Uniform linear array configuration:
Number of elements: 12
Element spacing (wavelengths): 0.25
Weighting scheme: blackman
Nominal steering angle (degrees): -15
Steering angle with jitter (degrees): -15.315
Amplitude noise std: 0.05
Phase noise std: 0.05

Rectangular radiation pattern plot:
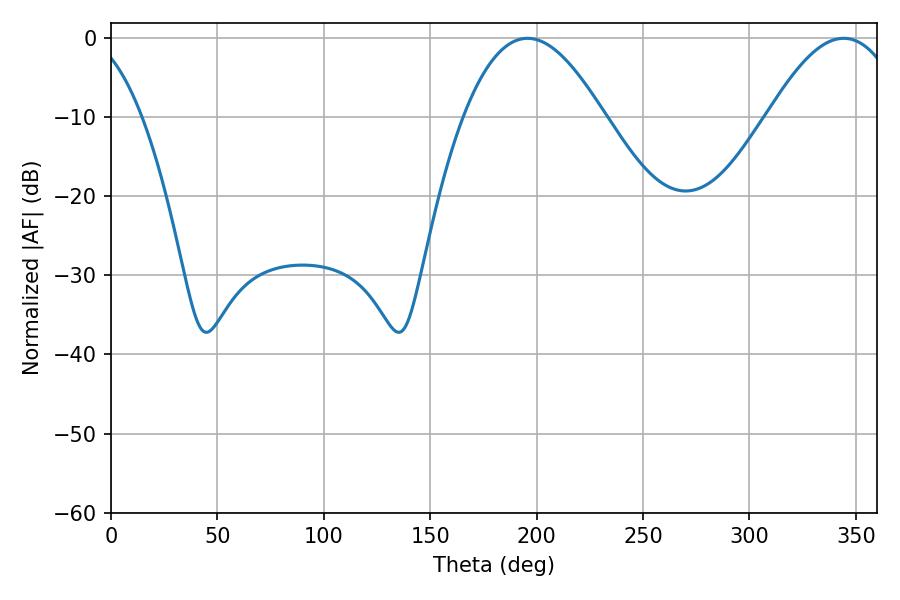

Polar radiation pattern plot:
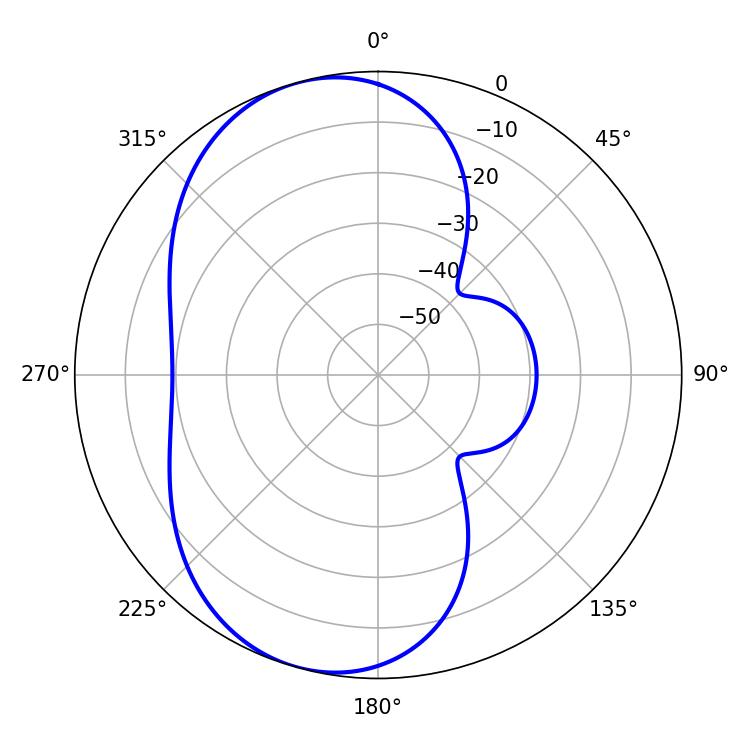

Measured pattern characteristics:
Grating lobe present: FALSE
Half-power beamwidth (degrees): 35.82
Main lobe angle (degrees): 195.66